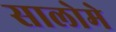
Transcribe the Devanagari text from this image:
सालोमे